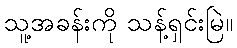
သူ့အခန်းကို သန့်ရှင်းမြဲ။